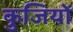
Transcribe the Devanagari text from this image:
कुजियों